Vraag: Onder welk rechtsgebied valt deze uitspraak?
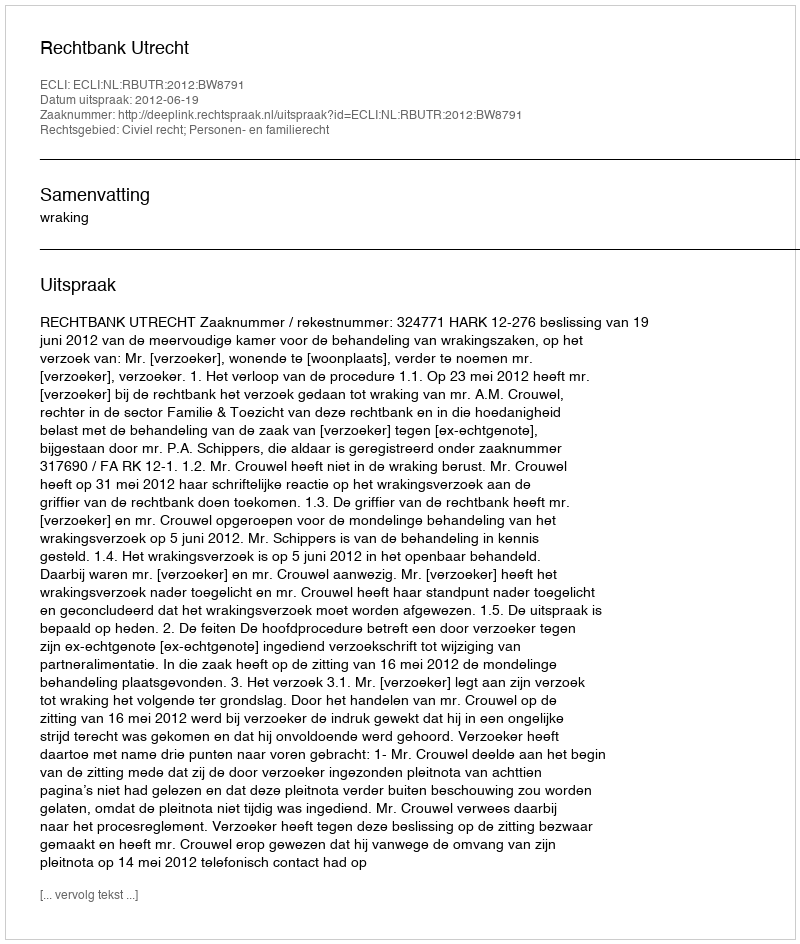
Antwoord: Civiel recht; Personen- en familierecht